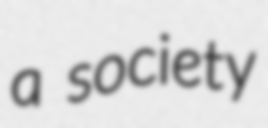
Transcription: a society